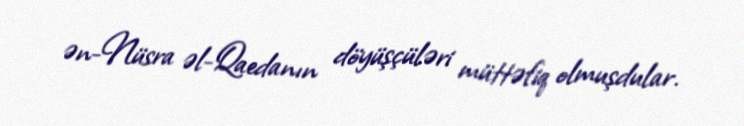
ən-Nüsra əl-Qaedanın döyüşçüləri müttəfiq olmuşdular.